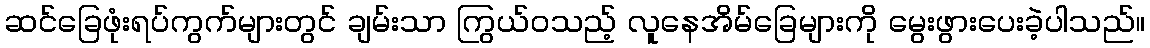
ဆင်ခြေဖုံးရပ်ကွက်များတွင် ချမ်းသာ ကြွယ်ဝသည့် လူနေအိမ်ခြေများကို မွေးဖွားပေးခဲ့ပါသည်။